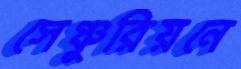
সেঞ্চুরিয়নে